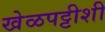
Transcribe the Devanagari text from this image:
खेळपट्टीशी